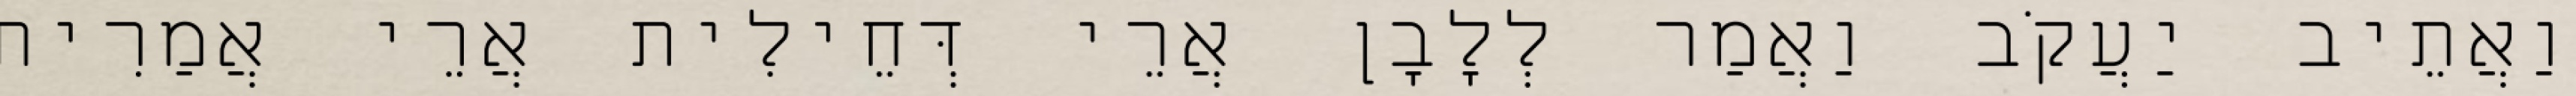
וַאֲתֵיב יַעֲקֹב וַאֲמַר לְלָבָן אֲרֵי דְּחֵילִית אֲרֵי אֲמַרִית